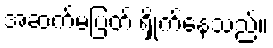
အဆက်မပြတ် ရှိုက်နေသည်။